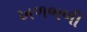
ખળભળી